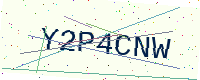
Text: Y2P4CNW